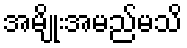
အမျိုးအမည်မသိ